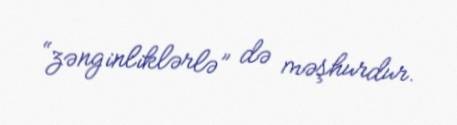
“zənginliklərlə” də məşhurdur.